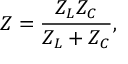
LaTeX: Z = { \frac { Z _ { L } Z _ { C } } { Z _ { L } + Z _ { C } } } ,